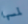
لمسها